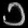
Digit: ၁